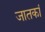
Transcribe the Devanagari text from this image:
जातकां